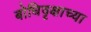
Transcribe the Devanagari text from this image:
बोधिवृक्षाच्या